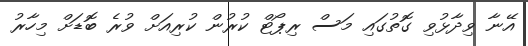
އޭނާ ވިދާޅުވި ގޮތުގައި މަސް ރިޕޯޓް ކުރުން ކުރިއަށް ވުރެ ބޮޑަށް މިހާރު